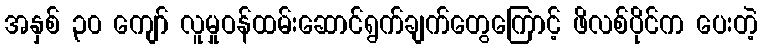
အနှစ် ၃၀ ကျော် လူမှုဝန်ထမ်းဆောင်ရွက်ချက်တွေကြောင့် ဖိလစ်ပိုင်က ပေးတဲ့